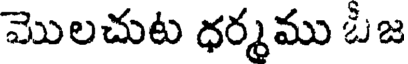
మొలచుట ధర్మము ఓజ